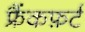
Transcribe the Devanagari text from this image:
फ्रैंकफ़र्ट